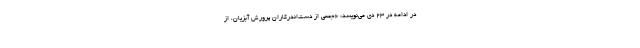
در ادامه در 23 دی می‌نویسد: «جمعى از دست‌اندركاران پرورش آبزیان، از